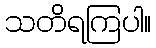
သတိရကြပါ။